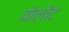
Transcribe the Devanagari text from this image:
वोलोंट